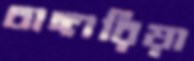
চাঙ্গারিয়া